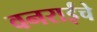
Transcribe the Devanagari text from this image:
वनराईंचे